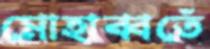
মোহাব্বতেঁ